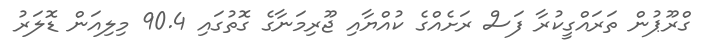
ގްރޫޕުން ތަރައްގީކުރާ ފަސް ރަށެއްގެ ކުއްޔާއި ޖޫރިމަނާގެ ގޮތުގައި 90.4 މިލިއަން ޑޮލަރު